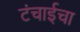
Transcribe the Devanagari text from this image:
टंचाईचा